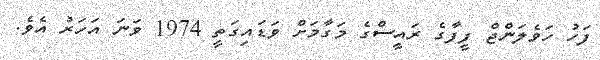
ފަހު ހަވެލަންޖް ފީފާގެ ރައީސްގެ މަގާމަށް ވަޑައިގަތީ 1974 ވަނަ އަހަރު އެވެ.